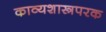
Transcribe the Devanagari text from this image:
काव्यशास्त्रपरक